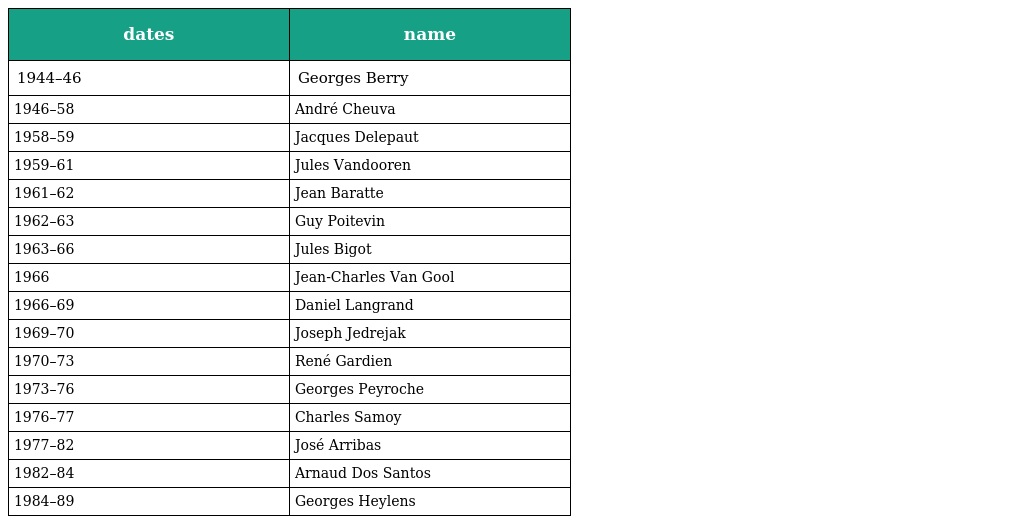
| dates | name |
 | --- | --- |
 | 1944–46 | Georges Berry |
 | 1946–58 | André Cheuva |
 | 1958–59 | Jacques Delepaut |
 | 1959–61 | Jules Vandooren |
 | 1961–62 | Jean Baratte |
 | 1962–63 | Guy Poitevin |
 | 1963–66 | Jules Bigot |
 | 1966 | Jean-Charles Van Gool |
 | 1966–69 | Daniel Langrand |
 | 1969–70 | Joseph Jedrejak |
 | 1970–73 | René Gardien |
 | 1973–76 | Georges Peyroche |
 | 1976–77 | Charles Samoy |
 | 1977–82 | José Arribas |
 | 1982–84 | Arnaud Dos Santos |
 | 1984–89 | Georges Heylens |